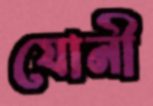
যোনী